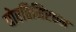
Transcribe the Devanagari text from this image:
घोरतिमिरघन